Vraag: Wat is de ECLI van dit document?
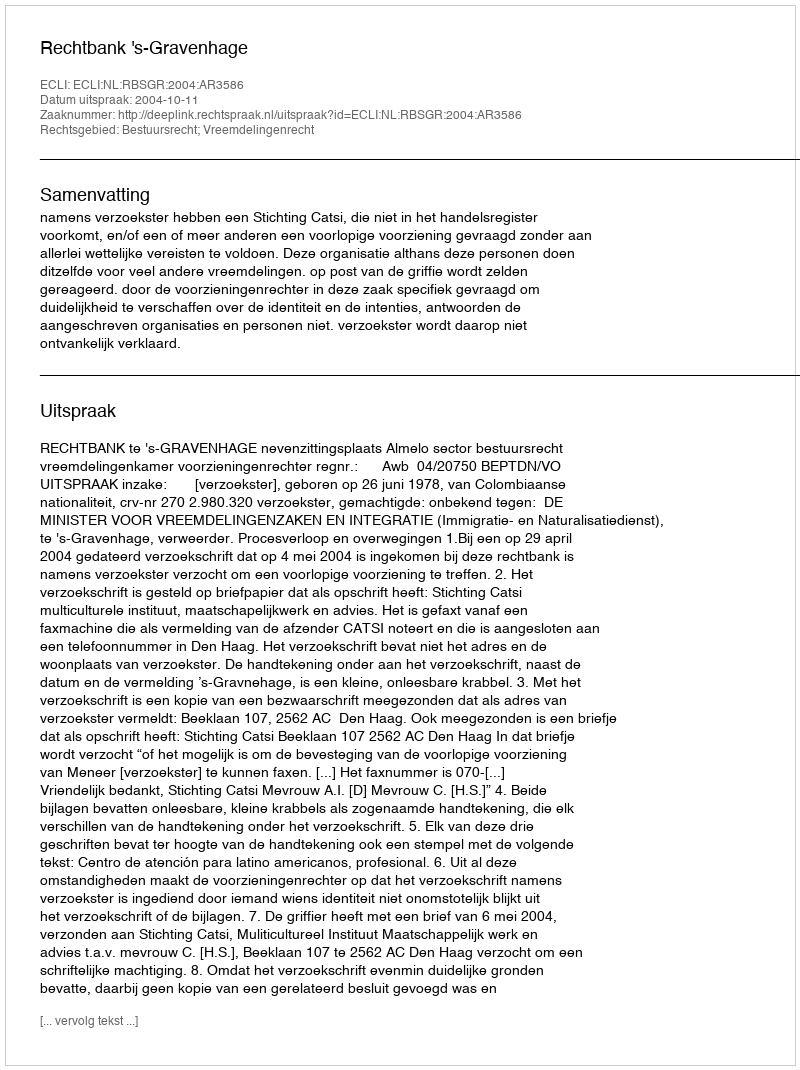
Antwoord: ECLI:NL:RBSGR:2004:AR3586